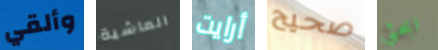
وألقي الماشية أرايت صحيح ابحثي